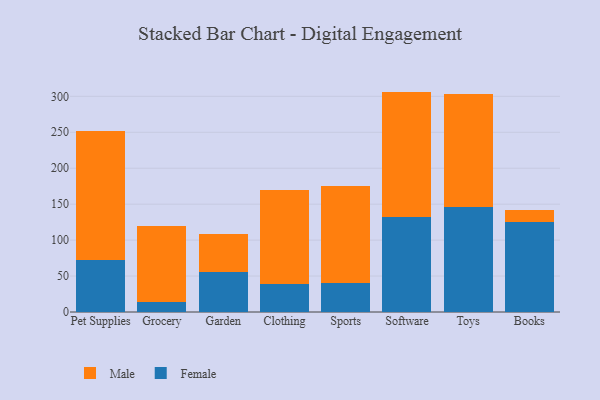
{"axis": {"x": "Category", "y": "Churn Rate (%)"}, "legend": ["Female", "Male"], "data": [{"x": "Pet Supplies", "y": 71.8, "type": "Female"}, {"x": "Pet Supplies", "y": 179.4, "type": "Male"}, {"x": "Grocery", "y": 14.5, "type": "Female"}, {"x": "Grocery", "y": 105.5, "type": "Male"}, {"x": "Garden", "y": 56.0, "type": "Female"}, {"x": "Garden", "y": 52.7, "type": "Male"}, {"x": "Clothing", "y": 38.7, "type": "Female"}, {"x": "Clothing", "y": 131.0, "type": "Male"}, {"x": "Sports", "y": 40.4, "type": "Female"}, {"x": "Sports", "y": 134.7, "type": "Male"}, {"x": "Software", "y": 132.1, "type": "Female"}, {"x": "Software", "y": 174.5, "type": "Male"}, {"x": "Toys", "y": 145.6, "type": "Female"}, {"x": "Toys", "y": 157.8, "type": "Male"}, {"x": "Books", "y": 125.9, "type": "Female"}, {"x": "Books", "y": 15.7, "type": "Male"}]}